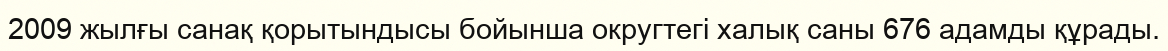
2009 жылғы санақ қорытындысы бойынша округтегі халық саны 676 адамды құрады.